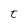
Character: t